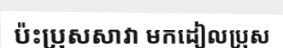
ប៉ះប្រុសសាវា មកដៀលប្រុស